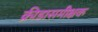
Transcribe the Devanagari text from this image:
क्रीडासमीक्षक